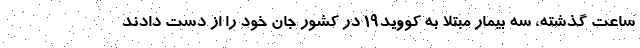
ساعت گذشته، سه بیمار مبتلا به کووید۱۹ در کشور جان خود را از دست دادند